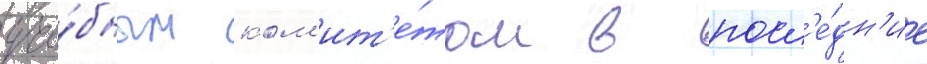
уче́бным ком'ит'е́том в посл'е́дн'ие